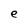
Character: e